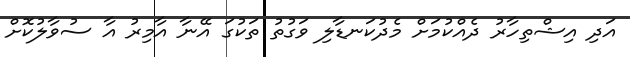
އަދި އިޝްތިހާރު ދެއްކުމަށް މެދުކަނޑާލި ވަގުތު ތަކުގަ އޭނާ އާމިރު އާ ސުވާލުކޮށް